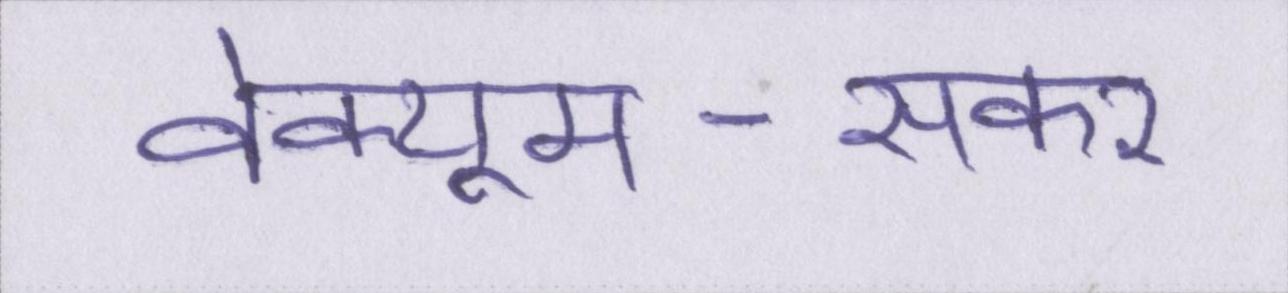
वेक्यूम-सकर